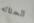
الحثاله